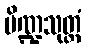
ပိဏ္ဍသုတ္တံ